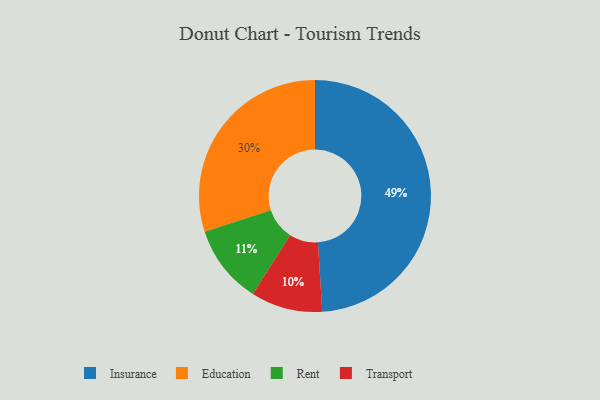
{"axis": {"x": "Category", "y": "Percentage"}, "legend": ["Education", "Insurance", "Rent", "Transport"], "data": [{"x": "Insurance", "y": 49, "type": "Insurance"}, {"x": "Education", "y": 30, "type": "Education"}, {"x": "Transport", "y": 10, "type": "Transport"}, {"x": "Rent", "y": 11, "type": "Rent"}]}